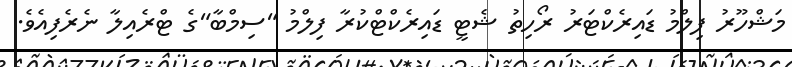
މަޝްހޫރު ފިލްމު ޑައިރެކްޓަރު ރޯހިތު ޝެޓީ ޑައިރެކްޓްކުރާ ފިލްމު "ސިމްބާ"ގެ ޓްރެއިލާ ނެރެފިއެވެ.